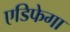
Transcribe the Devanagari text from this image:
एडिफेगा